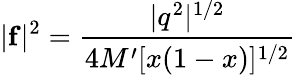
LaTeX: |{\mathbf f}|^{2}=\frac{|q^{2}|^{1/2}}{4M^{\prime}[x(1-x)]^{1/2}}